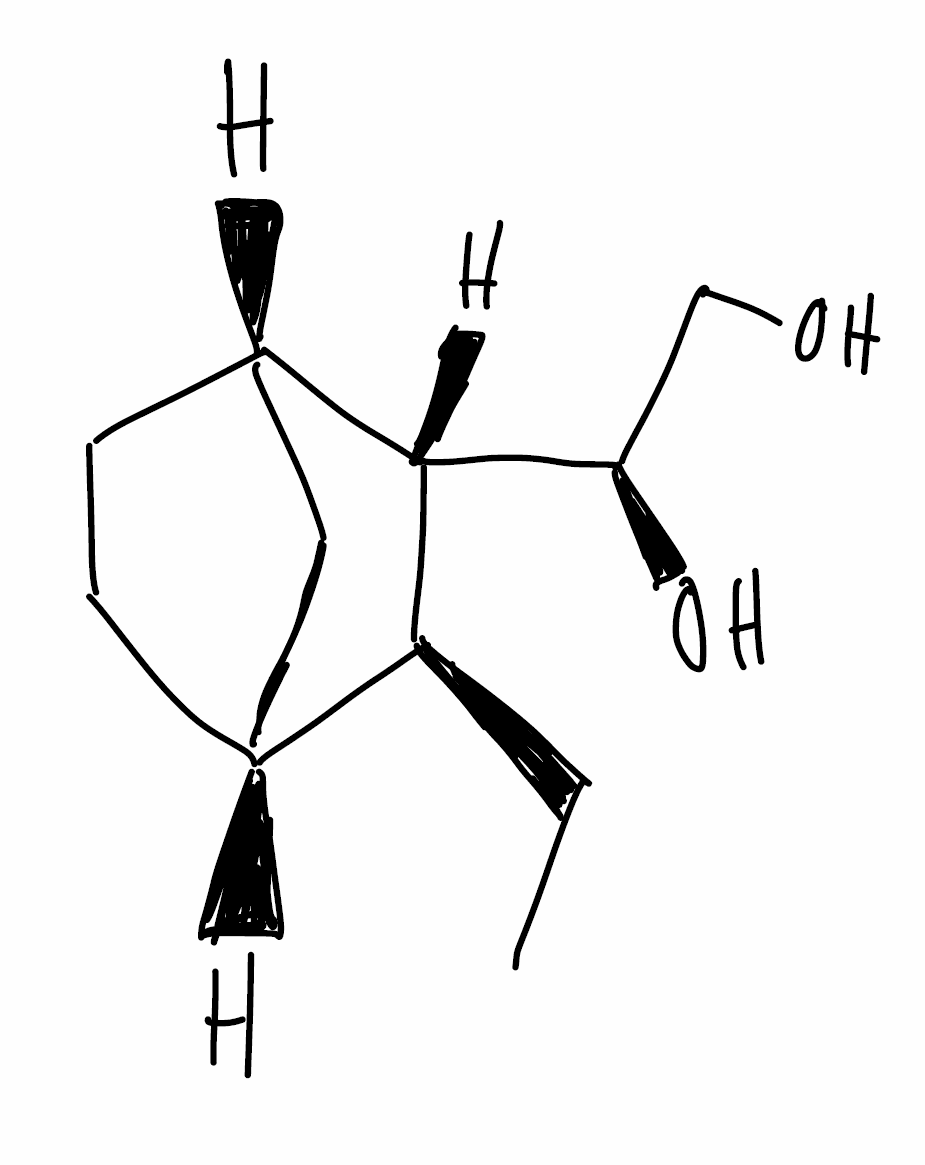
Simplified molecular-input line-entry system (SMILES) notation of the given molecule:
CC[C@H]1[C@@H]2CC[C@@H](C2)[C@@H]1[C@@H](CO)O